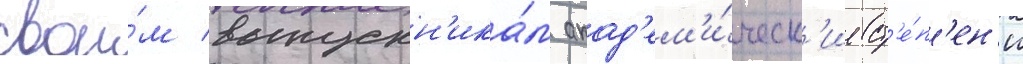
свои́м выпускн'ика́м акад'ем'и́ческ'ие ст'е́п'ен'и